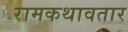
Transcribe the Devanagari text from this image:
रामकथावतार